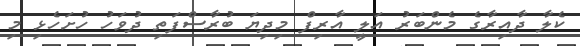
ކެލާ ދާއިރާގެ މެންބަރު އަލީ އާރިފް މިދިޔަ ބުރާސްފަތި ދުވަހު ހުށަހެޅި މި